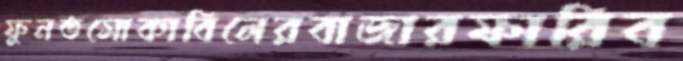
ফুনতসোকাবিলেরবাজারফারিব